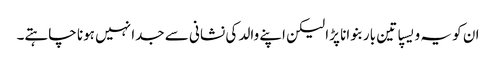
ان کو یہ ویسپا تین بار بنوانا پڑا لیکن اپنے والد کی نشانی سے جدا نہیں ہونا چاہتے۔